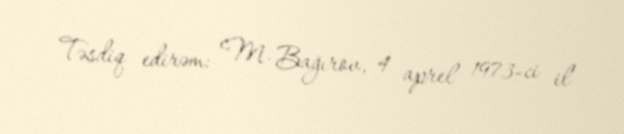
Təsdiq edirəm: M. Bağırov, 4 aprel 1973-ci il